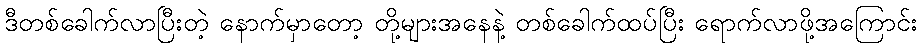
ဒီတစ်ခေါက်လာပြီးတဲ့ နောက်မှာတော့ တို့များအနေနဲ့ တစ်ခေါက်ထပ်ပြီး ရောက်လာဖို့အကြောင်း